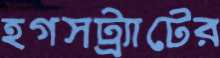
হগসট্র্যাটের